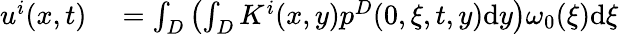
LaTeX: \begin{array}{rl}{u^{i}(x,t)}&{{}=\int_{D}\left(\int_{D}K^{i}(x,y)p^{D}(0,\xi,t,y)\textrm{d}y\right)\omega_{0}(\xi)\textrm{d}\xi}\end{array}